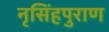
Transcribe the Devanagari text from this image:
नृसिंहपुराण